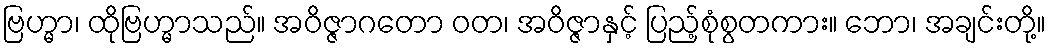
ဗြဟ္မာ၊ ထိုဗြဟ္မာသည်။ အဝိဇ္ဇာဂတော ဝတ၊ အဝိဇ္ဇာနှင့် ပြည့်စုံစွတကား။ ဘော၊ အချင်းတို့။